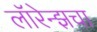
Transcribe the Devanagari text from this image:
लॉरेन्झचा